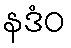
နဒံဝ